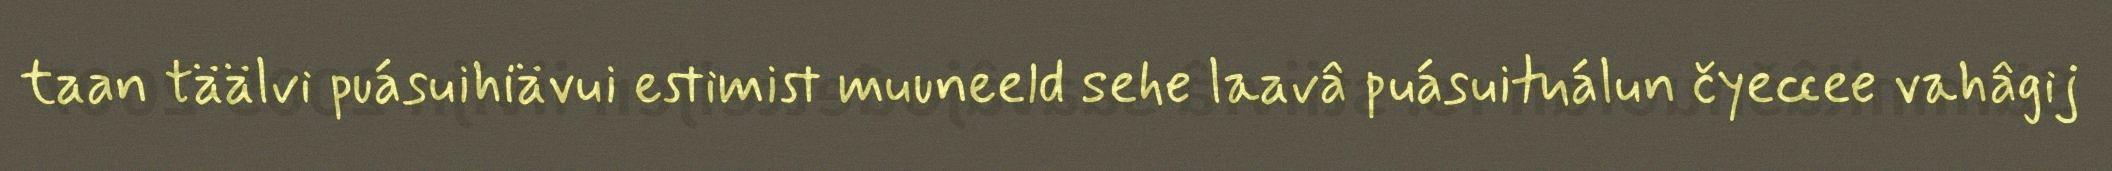
taan täälvi puásuihiävui estimist muuneeld sehe laavâ puásuituálun čyeccee vahâgij